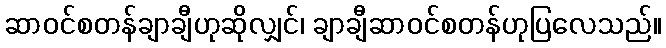
ဆာဝင်စတန်ချာချီဟုဆိုလျှင်၊ ချာချီဆာဝင်စတန်ဟုပြလေသည်။